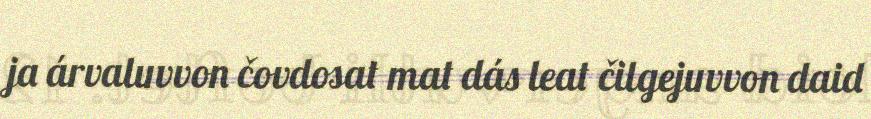
ja árvaluvvon čovdosat mat dás leat čilgejuvvon daid